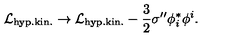
{ \cal L } _ { \mathrm { h y p . k i n . } } \rightarrow { \cal L } _ { \mathrm { h y p . k i n . } } - \frac 3 2 \sigma ^ { \prime \prime } \phi _ { i } ^ { * } \phi ^ { i } .